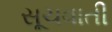
સૂચવાતી